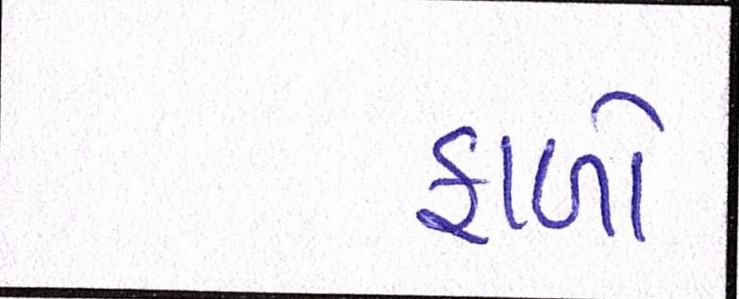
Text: ફાળો